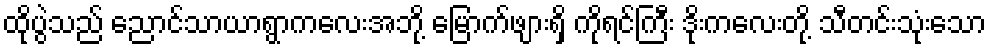
ထိုပွဲသည် ညောင်သာယာရွာကလေးအဘို့ မြောက်ဖျားရှိ ကိုရင်ကြီး ဒိုးကလေးတို့ သီတင်းသုံးသော